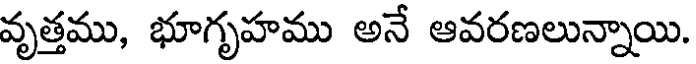
వృత్తము, భూగృహము అనే ఆవరణలున్నాయి.